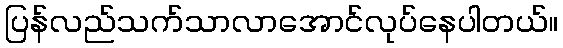
ပြန်လည်သက်သာလာအောင်လုပ်နေပါတယ်။